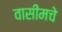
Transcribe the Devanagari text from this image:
वासीमचे